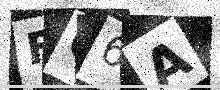
Text: FC6A